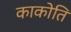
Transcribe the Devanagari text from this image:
काकोति